Indian journal of veterinary science and animal husbandry - Volumes 15-17, 1948-1951
Year: 1948
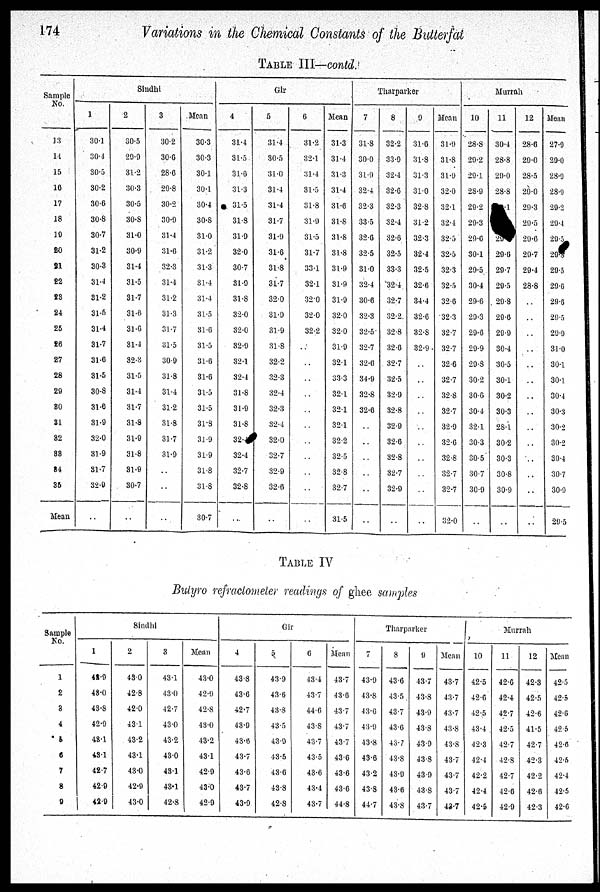
174
Variations in the Chemical Constants of the Butterfat
TABLE III—contd.
Sample
No.
13
14
15
16
17
18
19
20
21
22
23
24
25
26
27
28
29
30
31
32
33
34
35
Mean
Sindhi
1
30.1
30.4
30.5
30.2
30.6
30.8
30.7
31.2
30.3
31.4
31.2
31.5
31.4
31.7
31.6
31.5
30.8
31.6
31.9
32.0
31.9
31.7
32.9
..
2
30.5
29.9
31.2
30.3
30.5
30.8
31.0
30.9
31.4
31.5
31.7
31.6
31.6
31.4
32.3
31.5
31.4
31.7
31.8
31.9
31.8
31.9
30.7
..
3
30.2
30.6
28.6
29.8
30.2
30.9
31.4
31.6
32.3
31.4
31.2
31.3
31.7
31.5
30.9
31.8
31.4
31.2
31.8
31.7
31.9
..
..
...
Mean
30.3
30.3
30.1
30.1
30.4
30.8
31.0
31.2
31.3
31.4
31.4
31.5
31.6
31.5
31.6
31.6
31.5
31.5
31.8
31.9
31.9
31.8
31.8
30.7
Gir
4
31.4
31.5
31.6
31.3
31.5
31.8
31.9
32.0
30.7
31.9
31.8
32.0
32.0
32.9
32.1
32.4
31.8
31.9
31.8
32
32.4
32.7
32.8
..
5
31.4
30.5
31.0
31.4
31.4
31.7
31.9
31.6
31.8
31.7
32.0
31.9
31.9
31.8
32.2
32.3
32.4
32.3
32.4
32.0
32.7
32.9
32.6
..
6
31.2
32.1
31.4
31.5
31.8
31.9
31.5
31.7
33.1
32.1
32.0
32.0
32.2
..
..
..
..
..
..
..
..
..
..
..
Mean
31.3
31.4
31.3
31.4
31.6
31.8
31.8
31.8
31.9
31.9
31.9
32.0
32.0
31.9
32.1
33.3
32.1
32.1
32.1
32.2
32.5
32.8
32.7
31.5
Tharparker
7
31.8
30.0
31.9
32.4
32.3
33.5
32.6
32.5
31.0
32.4
30.6
32.3
32.5
32.7
32.6
34.9
32.8
32.6
..
..
..
..
..
..
8
32.2
33.9
32.4
32.6
32.3
32.4
32.6
32.5
33.3
32.4
32.7
32.2
32.8
32.6
32.7
32.5
32.9
32.8
32.9
32.6
32.8
32.7
32.9
..
9
31.6
31.8
31.3
31.0
32.8
31.2
32.3
32.4
32.5
32.6
34.4
32.6
32.8
32.9
..
..
..
..
..
..
..
..
..
..
Mean
31.9
31.8
31.9
32.0
32.1
32.4
32.5
32.5
32.3
32.5
32.6
32.3
32.7
32.7
32.6
32.7
32.8
32.7
32.9
32.0
32.8
32.7
32.7
32.0
Murrah
10
28.8
29.2
29.1
28.9
29.2
29.3
29.6
30.1
29.5
30.4
29.6
29.3
29.6
29.9
29.8
30.2
30.6
30.4
32.1
30.3
30.5
30.7
30.9
..
11
30.4
28.8
29.0
28.8
.1
29
29.6
29.7
29.5
29.8
29.6
29.9
30.4
30.5
30.1
30.2
30.3
28.1
30.2
30.3
30.8
30.9
..
12
28.6
29.0
28.5
29.0
29.3
29.5
29.6
29.7
29.4
28.8
..
..
..
..
..
..
..
..
..
..
..
..
..
..
Mean
27.9
29.0
28.9
28.9
29.2
29.4
29.5
29.6
29.5
29.6
29.6
29.5
29.9
31.0
30.1
30.1
30.4
30.3
30.2
30.2
30.4
30.7
30.9
29.5
TABLE IV
Butyro refractometer readings of ghee samples
Sample
No.
1
2
3
4
5
6
7
8
9
Sindhi
1
48.9
48.0
43.8
42.9
43.1
43.1
42.7
42.9
42.9
2
48.0
42.8
42.0
43.1
43.2
43.1
43.0
42.9
43.0
3
43.1
43.0
42.7
43.0
43.2
43.0
43.1
43.1
42.8
Mean
43.0
42.9
42.8
43.0
43.2
43.1
42.9
43.0
42.9
Gir
4
43.8
43.6
42.7
43.9
43.6
43.7
43.6
43.7
43.9
5
43.9
43.6
43.8
43.5
43.9
43.5
43.6
43.8
42.8
6
43.4
43.7
44.6
43.8
43.7
43.5
43.6
43.4
43.7
Mean
43.7
43.6
43.7
43.7
43.7
43.6
43.6
43.6
44.8
Tharparker
7
43.9
43.8
43.6
43.9
43.8
43.6
43.2
43.8
44.7
8
43.6
43.5
43.7
43.6
43.7
43.8
43.9
43.6
43.8
9
43.7
43.8
43.9
43.8
43.9
43.8
43.9
43.8
43.7
Mean
43.7
43.7
43.7
43.8
43.8
43.7
43.7
43.7
43.7
Murrah
10
42.5
42.6
42.5
43.4
42.3
42.4
42.2
42.4
42.5
11
42.6
42.4
42.7
42.5
42.7
42.8
42.7
42.6
42.9
12
42.3
42.5
42.6
41.5
42.7
42.3
42.2
42.6
42.3
Mean
42.5
42.5
42.6
42.5
42.6
42.5
42.4
42.5
42.6